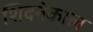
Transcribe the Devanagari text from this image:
शिदनेकाल